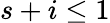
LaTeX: s+i\leq 1